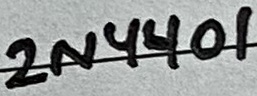
Text: 2N4401